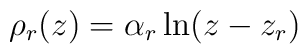
\rho_r(z) = \alpha_r\ln(z-z_r)